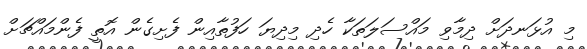
މި އުޅަނދަށް ދިމާވިި މައްސަލަތަކާ ހެދި މިދިޔަ ހަފުތާއިން ފެށިގެން އޮތީ ފެންމައްޗަށް